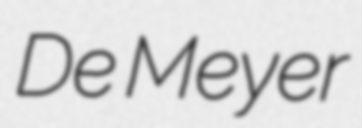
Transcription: De Meyer